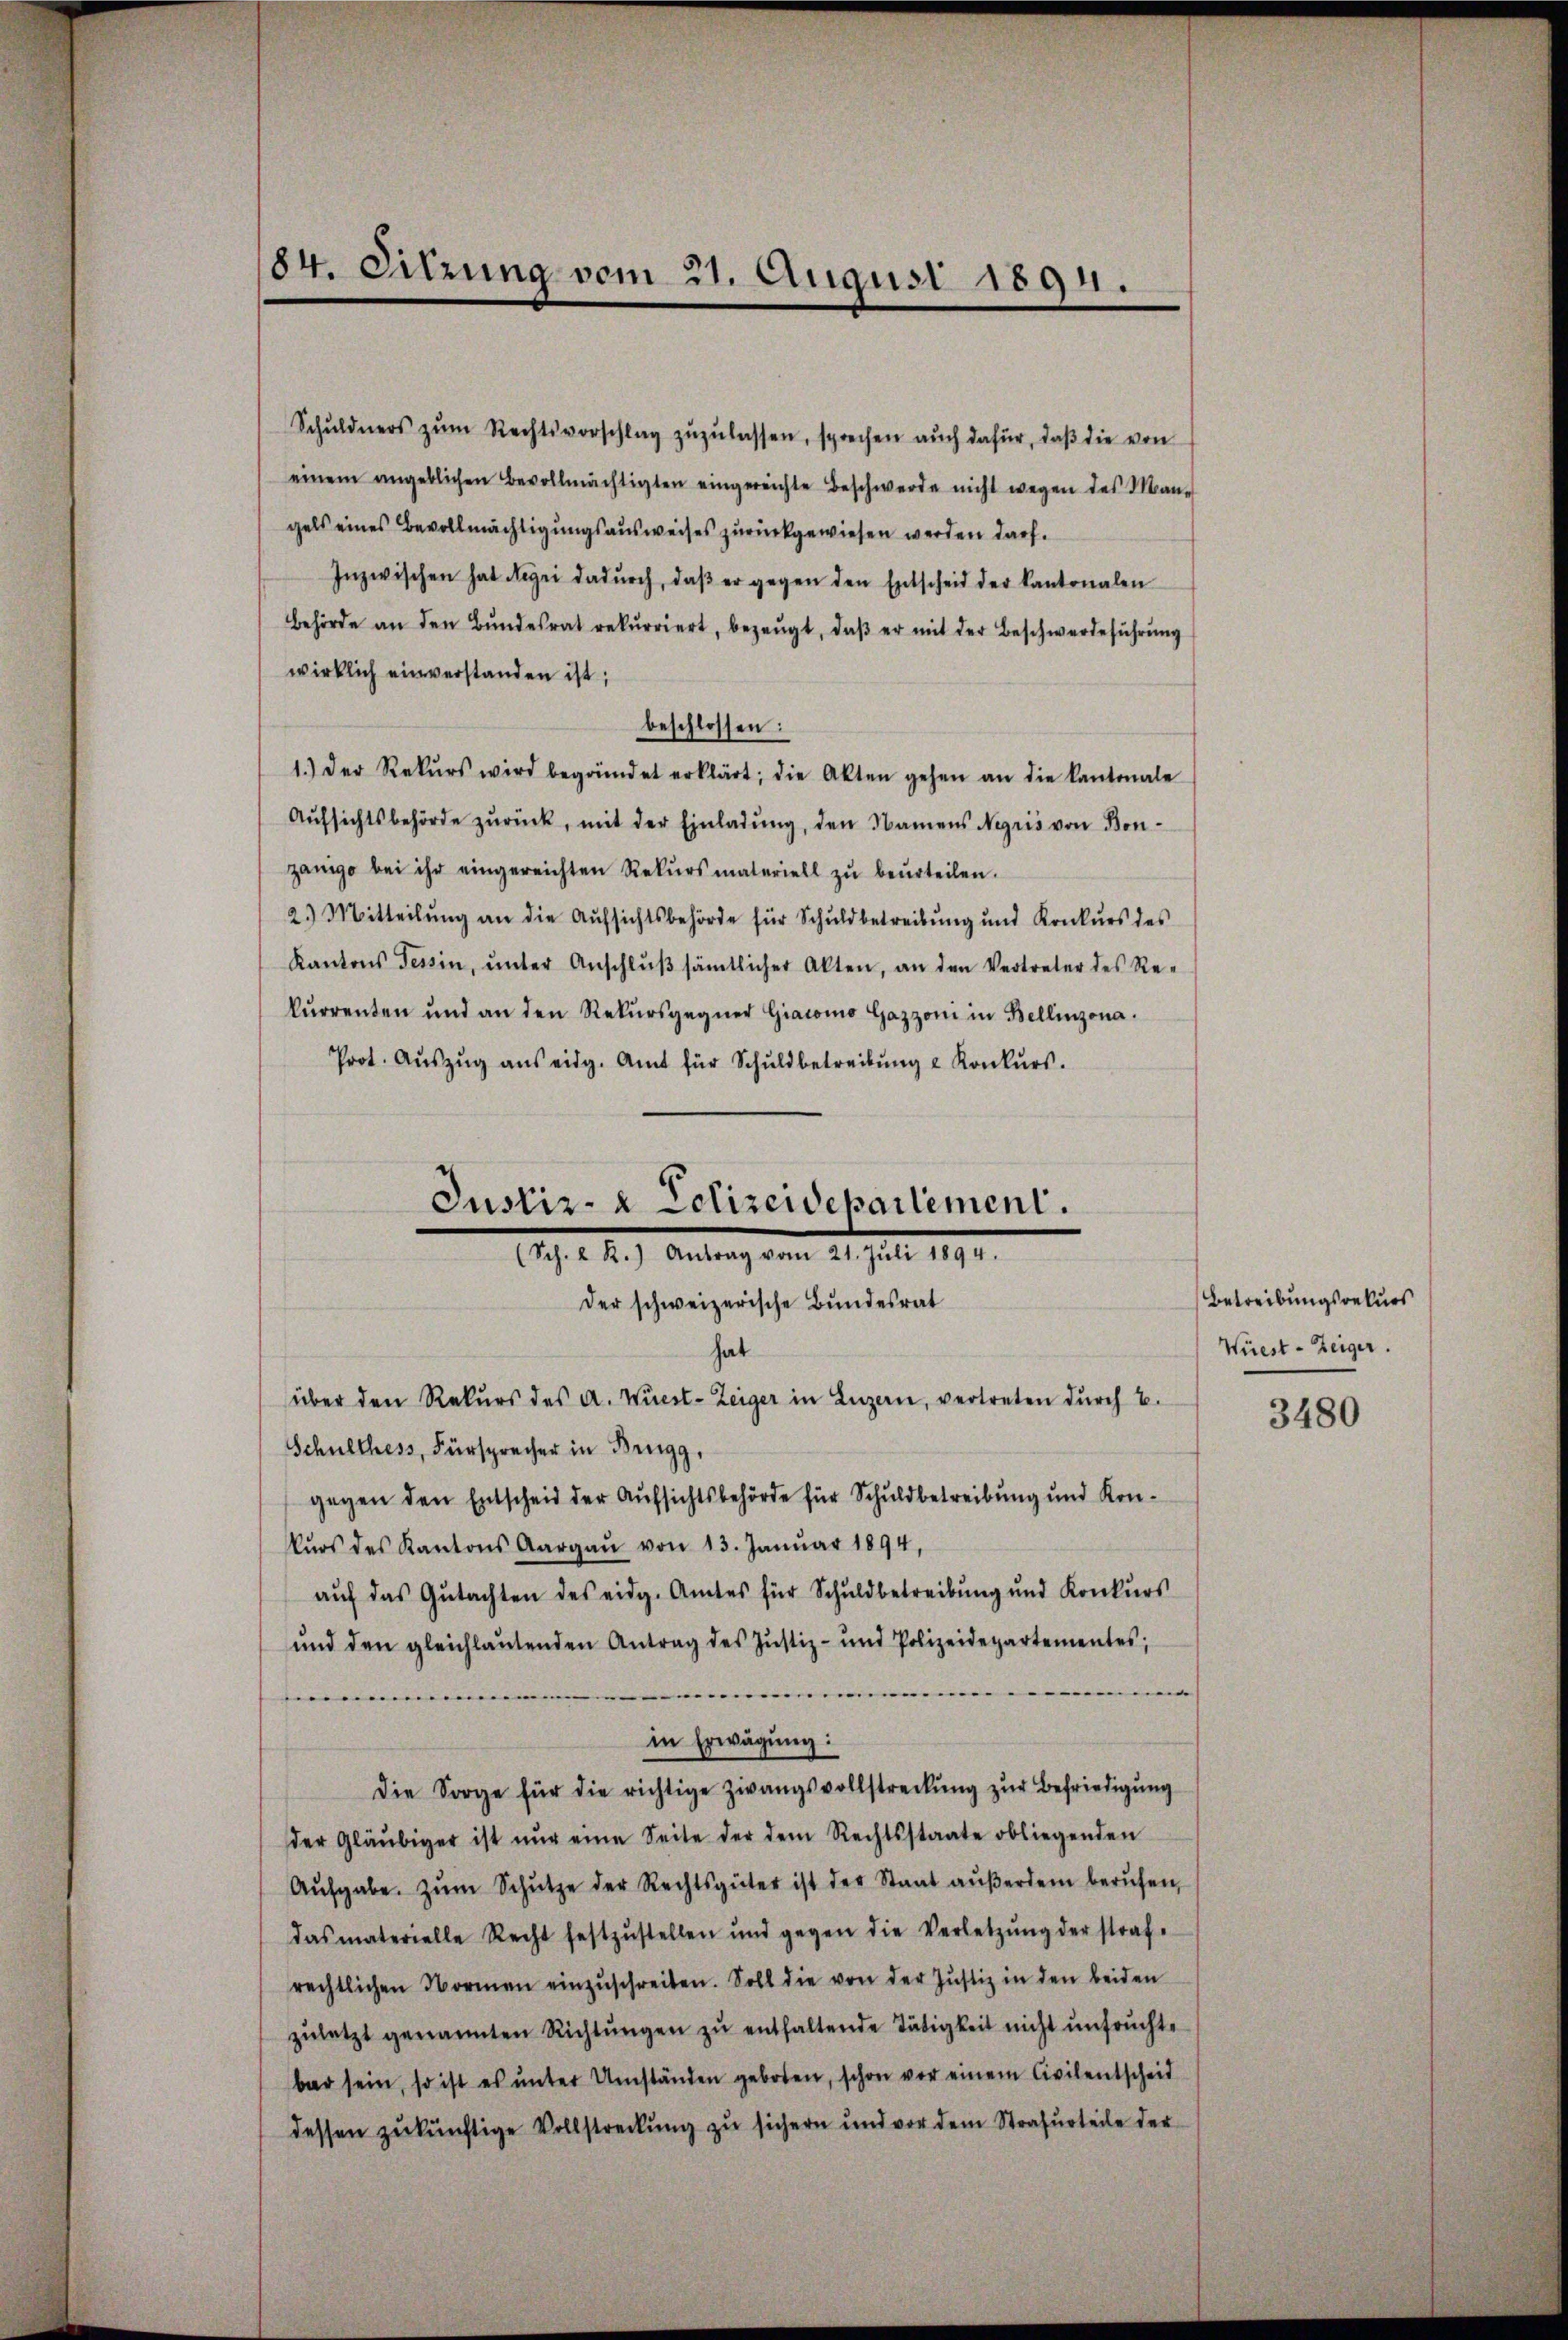
84. Sitzung vom 21. August 1894.

Schŭldners zŭm Rechtsvorschlag zŭzŭlassen, sprechen auch dafür, daß die von
einem angeblichen Bevollmächtigten eingereichte Beschwerde nicht wegen des Man-
gels eines Bevollmächtigungsausweises zurückgewiesen werden darf.
Inzwischen hat drei dadŭrch, daβ er gegen den Entscheid der Kantonalen
behörde an den Bŭndesrat rekurriert, bezeugt, daβ er mit der Beschwerdeführŭng
wirklich einverstanden ist;
beschlossen:
1.) Der Rekŭrs wird begründet erklärt; die Akten gehen an die Kantonale
Aŭfsichtsbehörde zŭrück, mit der Einladŭng, den Namens Negris von Bonzänige bei ihr eingereichten Rekŭrsmateriell zŭ beŭrteilen.
2.) Mitteilung an die Aufsichtsbehörde für Schuldbetreibung und Konkurs des
Kantons Tessin, ŭnter Anschlŭβ sämtlicher Akten, an den Vertreter des Re-
kurrenten und an den Rekursgegner Giacomo Gazzoni in Bellinzona.
Prot. Aŭszŭg aŭs eidg. Amt für Schŭldbetreibŭng u Konkŭrs.
hat
über den Rekurs des A. Wüest-Zeiger in Luzern, vertreten durch B.
Schulthess, Fürsprecher in Brugg,
gegen den Entscheid der Aufsichtsbehörde für Schuldbetreibung und Konkŭrs des Kantons Aargaŭ von 13. Janŭar 1894,
auf das Gutachten des eidg. Amtes für Schuldbetreibung und Konkurs
und den gleichlaŭtenden Antrag des Justiz- und Polizeidepartementes;
|
........
m
in Erwägung:
die Sorge für die richtige Zwangsvollstreckung zŭr Befriedigung
der Gläubiger ist nŭr eine Seite der dem Rechtsstaate obliegenden
Aŭfgabe zŭm Schütze der Rechtsgüter ist der Staat aŭβerdem berŭfen,
dasmaterielle Recht festzŭstellen und gegen die Verletzŭng der straf-
rechtlichen Vormen einzŭschreiben. Soll die von der Justiz in den beiden
zuletzt genannten Richtŭngen zŭ enthaltende Tätigkeit nicht unfruchte
bar sein, so ist es ŭnter Umständen geboten, schon vor einem Civilentscheid
dessen zukünftige Vollstreckung zu sichern und vor dem Strafurteile der

Justiz- & Polizeidepartement.
12. 1. 2.) Antrag vom 21. Jul. 1891.
der schweizerische Bundesrat

Betreibungsrekurs
Wüest - Zeiger.

3480